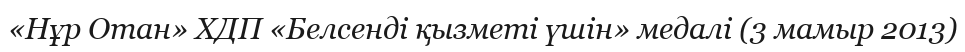
«Нұр Отан» ХДП «Белсенді қызметі үшін» медалі (3 мамыр 2013)